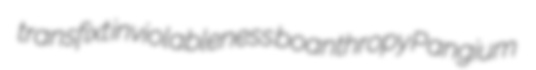
transfixt inviolableness boanthropy Pangium